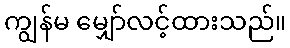
ကျွန်မ မျှော်လင့်ထားသည်။